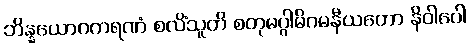
ဘိန္နယောဂကရဏံ စလိံသူတိ စတုမဂ္ဂါဓိဂမနီယတော နိဝါပေါ